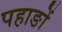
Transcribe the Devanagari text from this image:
पहाङों